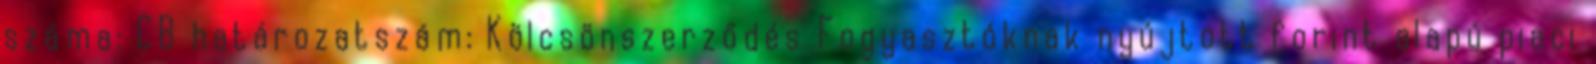
száma: CB határozatszám: Kölcsönszerződés Fogyasztóknak nyújtott forint alapú piaci